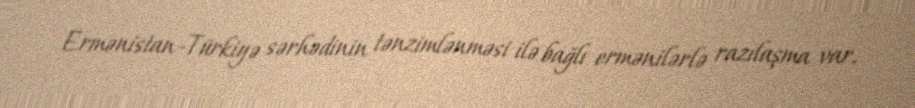
Ermənistan-Türkiyə sərhədinin tənzimlənməsi ilə bağlı ermənilərlə razılaşma var.